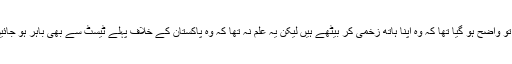
تب یہ تو واضح ہو گیا تھا کہ وہ اپنا ہاتھ زخمی کر بیٹھے ہیں لیکن یہ علم نہ تھا کہ وہ پاکستان کے خلاف پہلے ٹیسٹ سے بھی باہر ہو جائیں گے۔